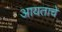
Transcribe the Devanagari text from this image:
आयताचे